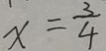
x = \frac { 3 } { 4 }